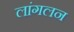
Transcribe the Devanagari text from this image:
लांगलन